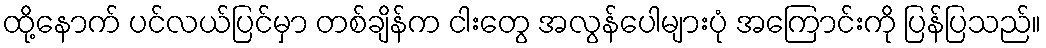
ထို့နောက် ပင်လယ်ပြင်မှာ တစ်ချိန်က ငါးတွေ အလွန်ပေါများပုံ အကြောင်းကို ပြန်ပြသည်။